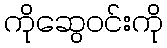
ကိုဆွေဝင်းကို